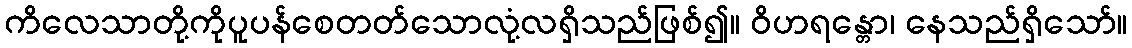
ကိလေသာတို့ကိုပူပန်စေတတ်သောလုံ့လရှိသည်ဖြစ်၍။ ဝိဟရန္တော၊ နေသည်ရှိသော်။